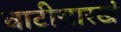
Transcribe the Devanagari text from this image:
वाटीसारखं